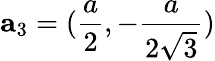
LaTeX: {\mathbf a}_{3}=(\frac{a}{2},-\frac{a}{2\sqrt{3}})